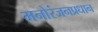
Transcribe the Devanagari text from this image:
मनोरंजनप्रधान